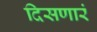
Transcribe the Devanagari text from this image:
दिसणारं